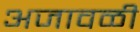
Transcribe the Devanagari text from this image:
अजावळी